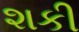
શકી